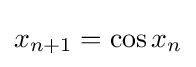
x_{n+1}=\cos x_{n}